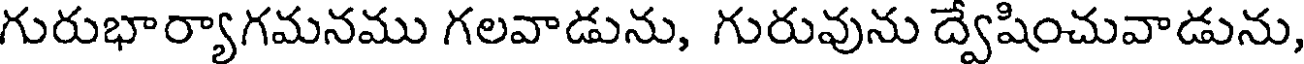
గురుభార్యాగమనము గలవాడును, గురువును ద్వేషించువాడును,